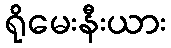
ရိုမေးနီးယား